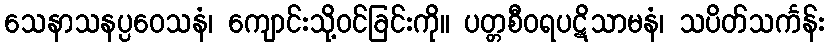
သေနာသနပ္ပဝေသနံ၊ ကျောင်းသို့ဝင်ခြင်းကို။ ပတ္တစီဝရပဋိသာမနံ၊ သပိတ်သင်္ကန်း